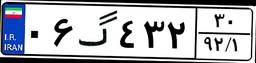
۷۹گ۵۵۰۶۸